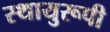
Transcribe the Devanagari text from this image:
स्थायुरूपी